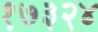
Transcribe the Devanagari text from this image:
१७३२४